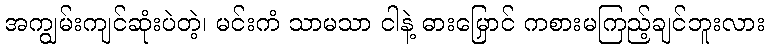
အကျွမ်းကျင်ဆုံးပဲတဲ့၊ မင်းကံ သာမသာ ငါနဲ့ ဓားမြှောင် ကစားမကြည့်ချင်ဘူးလား